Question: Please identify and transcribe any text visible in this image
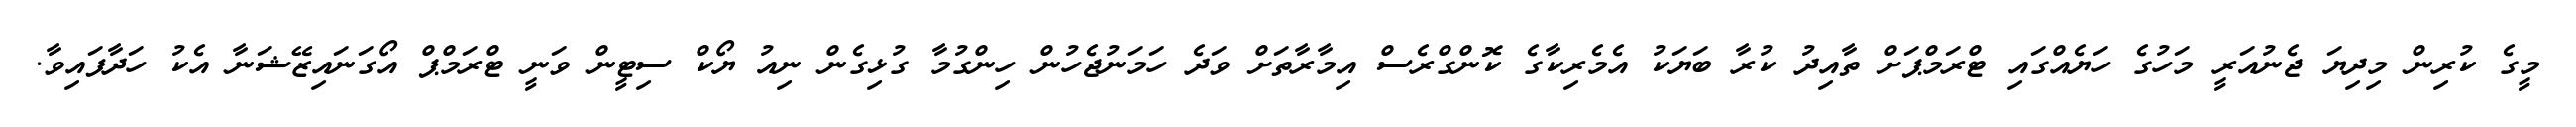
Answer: މީގެ ކުރިން މިދިޔަ ޖެނުއަރީ މަހުގެ ހަޔެއްގައި ޓްރަމްޕަށް ތާއިދު ކުރާ ބަޔަކު އެމެރިކާގެ ކޮންގްރެސް އިމާރާތަށް ވަދެ ހަމަނުޖެހުން ހިންގުމާ ގުޅިގެން ނިއު ޔޯކް ސިޓީން ވަނީ ޓްރަމްޕް އޯގަނައިޒޭޝަނާ އެކު ހަދާފައިވާ.